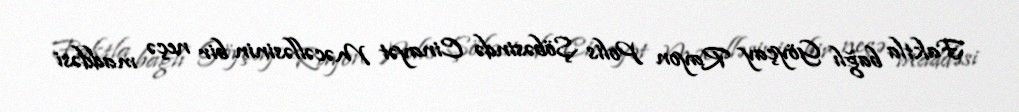
Faktla bağlı Göyçay Rayon Polis Şöbəsində Cinayət Məcəlləsinin bir neçə maddəsi